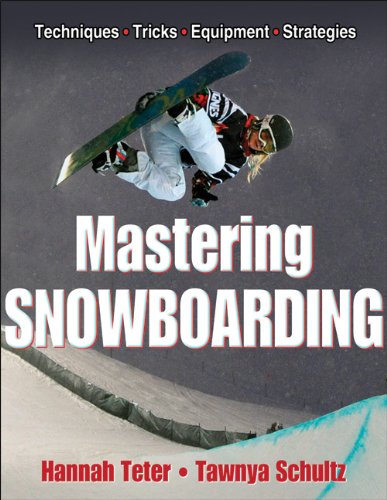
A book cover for Mastering Snowboarding; Hannah Teter; Sports & Outdoors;